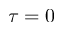
\tau = 0